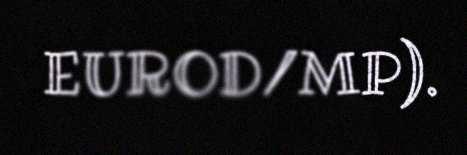
EUROD/MP).